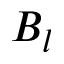
B _ { l }